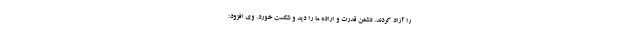
را آزاد کردند. دشمن قدرت و اراده ما را دید و شکست خورد. وی افزود: